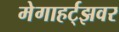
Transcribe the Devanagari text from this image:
मेगाहर्ट्‌झवर